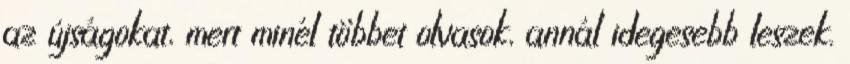
az újságokat, mert minél többet olvasok, annál idegesebb leszek.